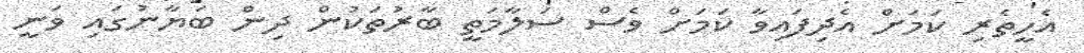
އެހީތެރި ކަމަށް އެދިފައިވާ ކަމަށް ވެސް ސަލާމަތީ ބާރުތަކުން ދިން ބަޔާނުގައި ވަނީ